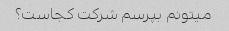
میتونم بپرسم شرکت کجاست؟